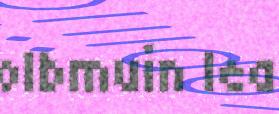
olbmuin lea